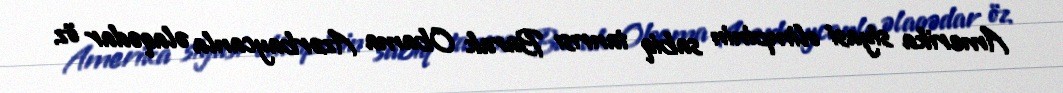
Amerika siyasi olimpinin sabiq tanrısı Barak Obama Azərbaycanla əlaqədar öz